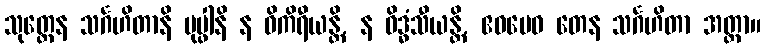
သုတ္တေန သင်္ဂဟိတာနိ ပုပ္ဖါနိ န ဝိကိရီယန္တိ, န ဝိဒ္ဓံသီယန္တိ, ဧဝမေဝ တေန သင်္ဂဟိတာ အတ္ထာ။